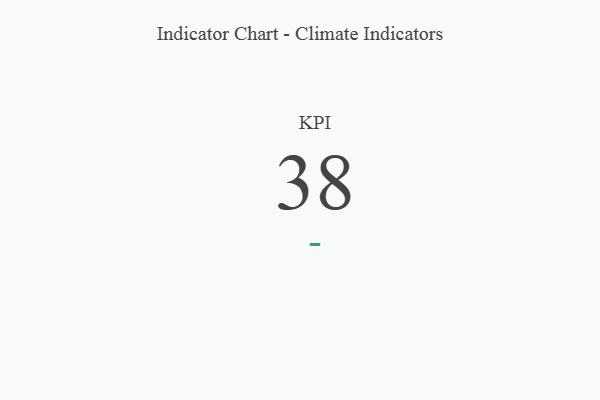
{"axis": {"x": "KPI", "y": "Value"}, "legend": [""], "data": [{"x": "KPI", "y": 38, "type": ""}]}